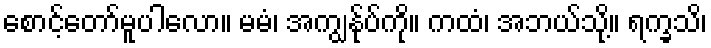
စောင့်တော်မူပါလော။ မမံ၊ အကျွန်ုပ်ကို။ ကထံ၊ အဘယ်သို့။ ရက္ခသိ၊